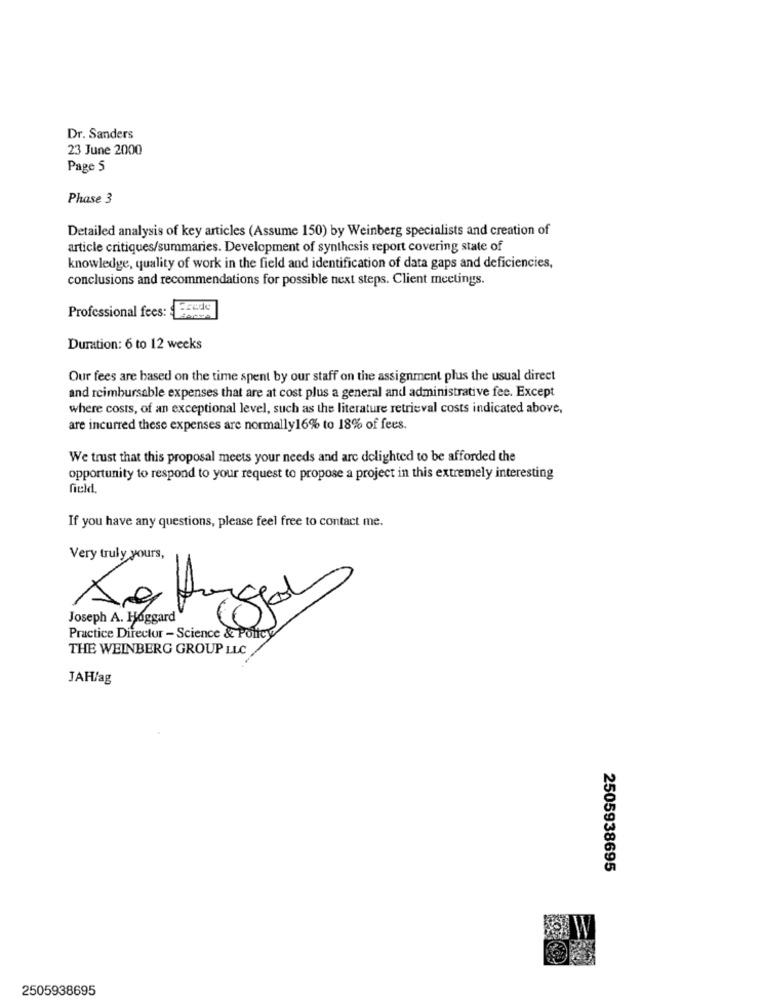
Dr. Sanders
23 June 2000
Page 5
Phase 3
Detailed analysis of key articles (Assume 150) by Weinberg specialists and creation of
article critiques/summaries. Development of synthesis report covering state of
knowledge, quality of work in the field and identification of data gaps and deficiencies,
conclusions and recommendations for possible next steps. Client meetings.
Professional fees:
Duration: 6 to 12 weeks
Our fees are based on the time spent by our staff on the assignment plus the usual direct
and reimbursable expenses that are at cost plus a general and administrative fee. Except
where costs, of an exceptional level, such as the literature retrieval costs indicated above,
are incurred these expenses are normally16% to 18% of fees.
We trust that this proposal meets your needs and are delighted to be afforded the
opportunity to respond to your request to propose a project in this extremely interesting
field.
If you have any questions, please feel free to contact me.
Very truly yours,
Joseph A. Hoggard"
Practice Director - Science & Policy
THE WEINBERG GROUP LLC
JAH/ag
2505938695
2505938695